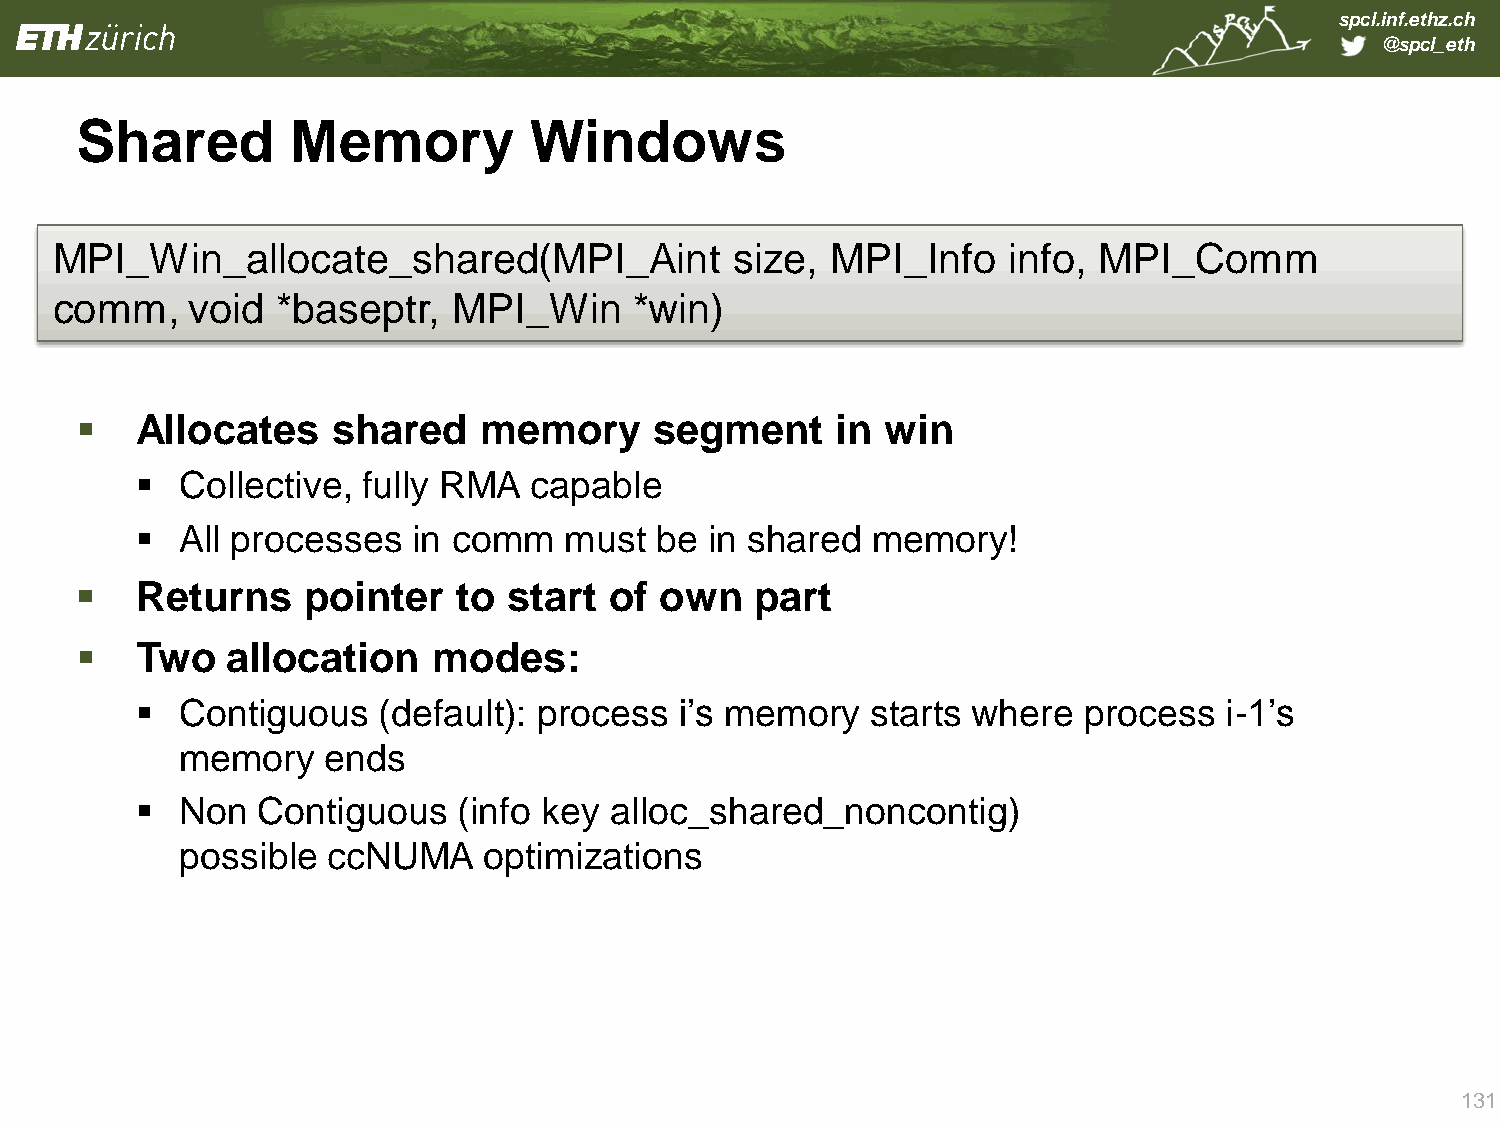
spcl.inf.ethz.ch
 @spcl_eth
 Shared        Memory          Windows
 MPI_Win_allocate_shared(MPI_Aint              size, MPI_Info    info, MPI_Comm
 comm    , void *baseptr,   MPI_Win     *win)
    Allocates    shared    memory     segment     in  win
   Collective, fully RMA  capable
   All processes  in comm   must  be  in shared  memory!
    Returns    pointer   to  start of  own   part
    Two   allocation    modes:
   Contiguous   (default): process  i’s memory   starts where  process  i-1’s
 memory   ends
   Non  Contiguous   (info key alloc_shared_noncontig)
 possible  ccNUMA    optimizations
 131